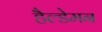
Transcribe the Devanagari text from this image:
हैल्डेमन